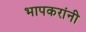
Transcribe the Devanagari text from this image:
भापकरांनी